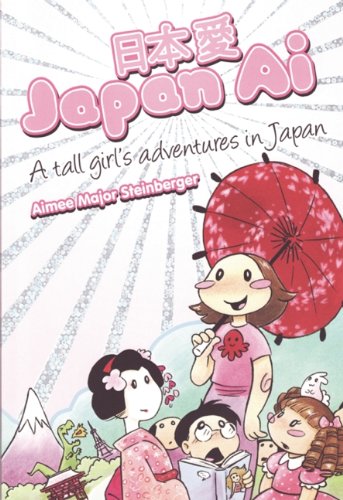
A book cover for Japan Ai: A Tall Girl's Adventures in Japan; Teen & Young Adult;